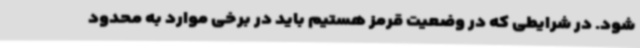
شود. در شرایطی که در وضعیت قرمز هستیم باید در برخی موارد به محدود